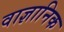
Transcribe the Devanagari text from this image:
वाज्ञानिक